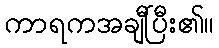
ကာရကအချီပြီး၏။